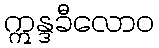
ဣန္ဒခီလောဝ